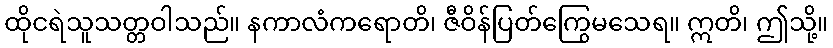
ထိုငရဲသူသတ္တဝါသည်။ နကာလံကရောတိ၊ ဇီဝိန်ပြတ်ကြွေမသေရ။ ဣတိ၊ ဤသို့။